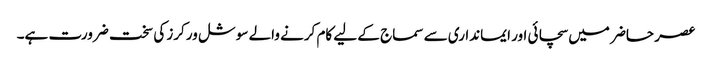
عصر حاضر میں سچائی اور ایمانداری سے سماج کے لیے کام کرنے والے سوشل ورکرز کی سخت ضرورت ہے۔